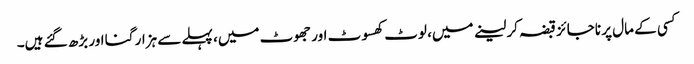
کسی کے مال پر ناجائز قبضہ کر لینے میں، لوٹ کھسوٹ اور جھوٹ میں، پہلے سے ہزار گنا اور بڑھ گئے ہیں۔